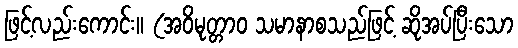
ဖြင့်လည်းကောင်း။ (အဝိမုတ္တာဝ သမာနာစသည်ဖြင့် ဆိုအပ်ပြီးသော